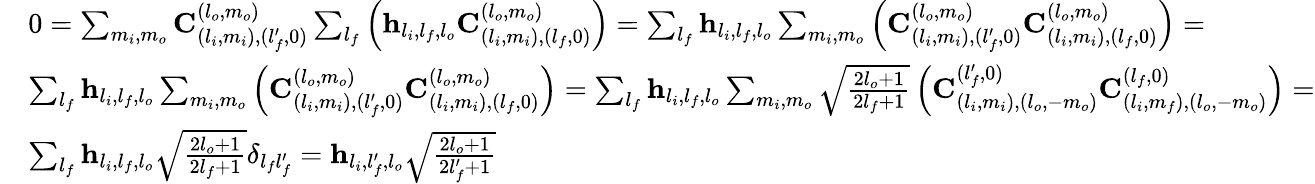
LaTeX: \begin{array}{rl}&{0=\sum_{m_{i},m_{o}}\mathbf{C}_{(l_{i},m_{i}),(l_{f}^{\prime},0)}^{(l_{o},m_{o})}\sum_{l_{f}}\left(\mathbf{h}_{l_{i},l_{f},l_{o}}\mathbf{C}_{(l_{i},m_{i}),(l_{f},0)}^{(l_{o},m_{o})}\right)=\sum_{l_{f}}\mathbf{h}_{l_{i},l_{f},l_{o}}\sum_{m_{i},m_{o}}\left(\mathbf{C}_{(l_{i},m_{i}),(l_{f}^{\prime},0)}^{(l_{o},m_{o})}\mathbf{C}_{(l_{i},m_{i}),(l_{f},0)}^{(l_{o},m_{o})}\right)=}\\ &{\sum_{l_{f}}\mathbf{h}_{l_{i},l_{f},l_{o}}\sum_{m_{i},m_{o}}\left(\mathbf{C}_{(l_{i},m_{i}),(l_{f}^{\prime},0)}^{(l_{o},m_{o})}\mathbf{C}_{(l_{i},m_{i}),(l_{f},0)}^{(l_{o},m_{o})}\right)=\sum_{l_{f}}\mathbf{h}_{l_{i},l_{f},l_{o}}\sum_{m_{i},m_{o}}\sqrt{\frac{2l_{o}+1}{2l_{f}+1}}\left(\mathbf{C}_{(l_{i},m_{i}),(l_{o},-m_{o})}^{(l_{f}^{\prime},0)}\mathbf{C}_{(l_{i},m_{f}),(l_{o},-m_{o})}^{(l_{f},0)}\right)=}\\ &{\sum_{l_{f}}\mathbf{h}_{l_{i},l_{f},l_{o}}\sqrt{\frac{2l_{o}+1}{2l_{f}+1}}\delta_{l_{f}l_{f}^{\prime}}=\mathbf{h}_{l_{i},l_{f}^{\prime},l_{o}}\sqrt{\frac{2l_{o}+1}{2l_{f}^{\prime}+1}}}\end{array}